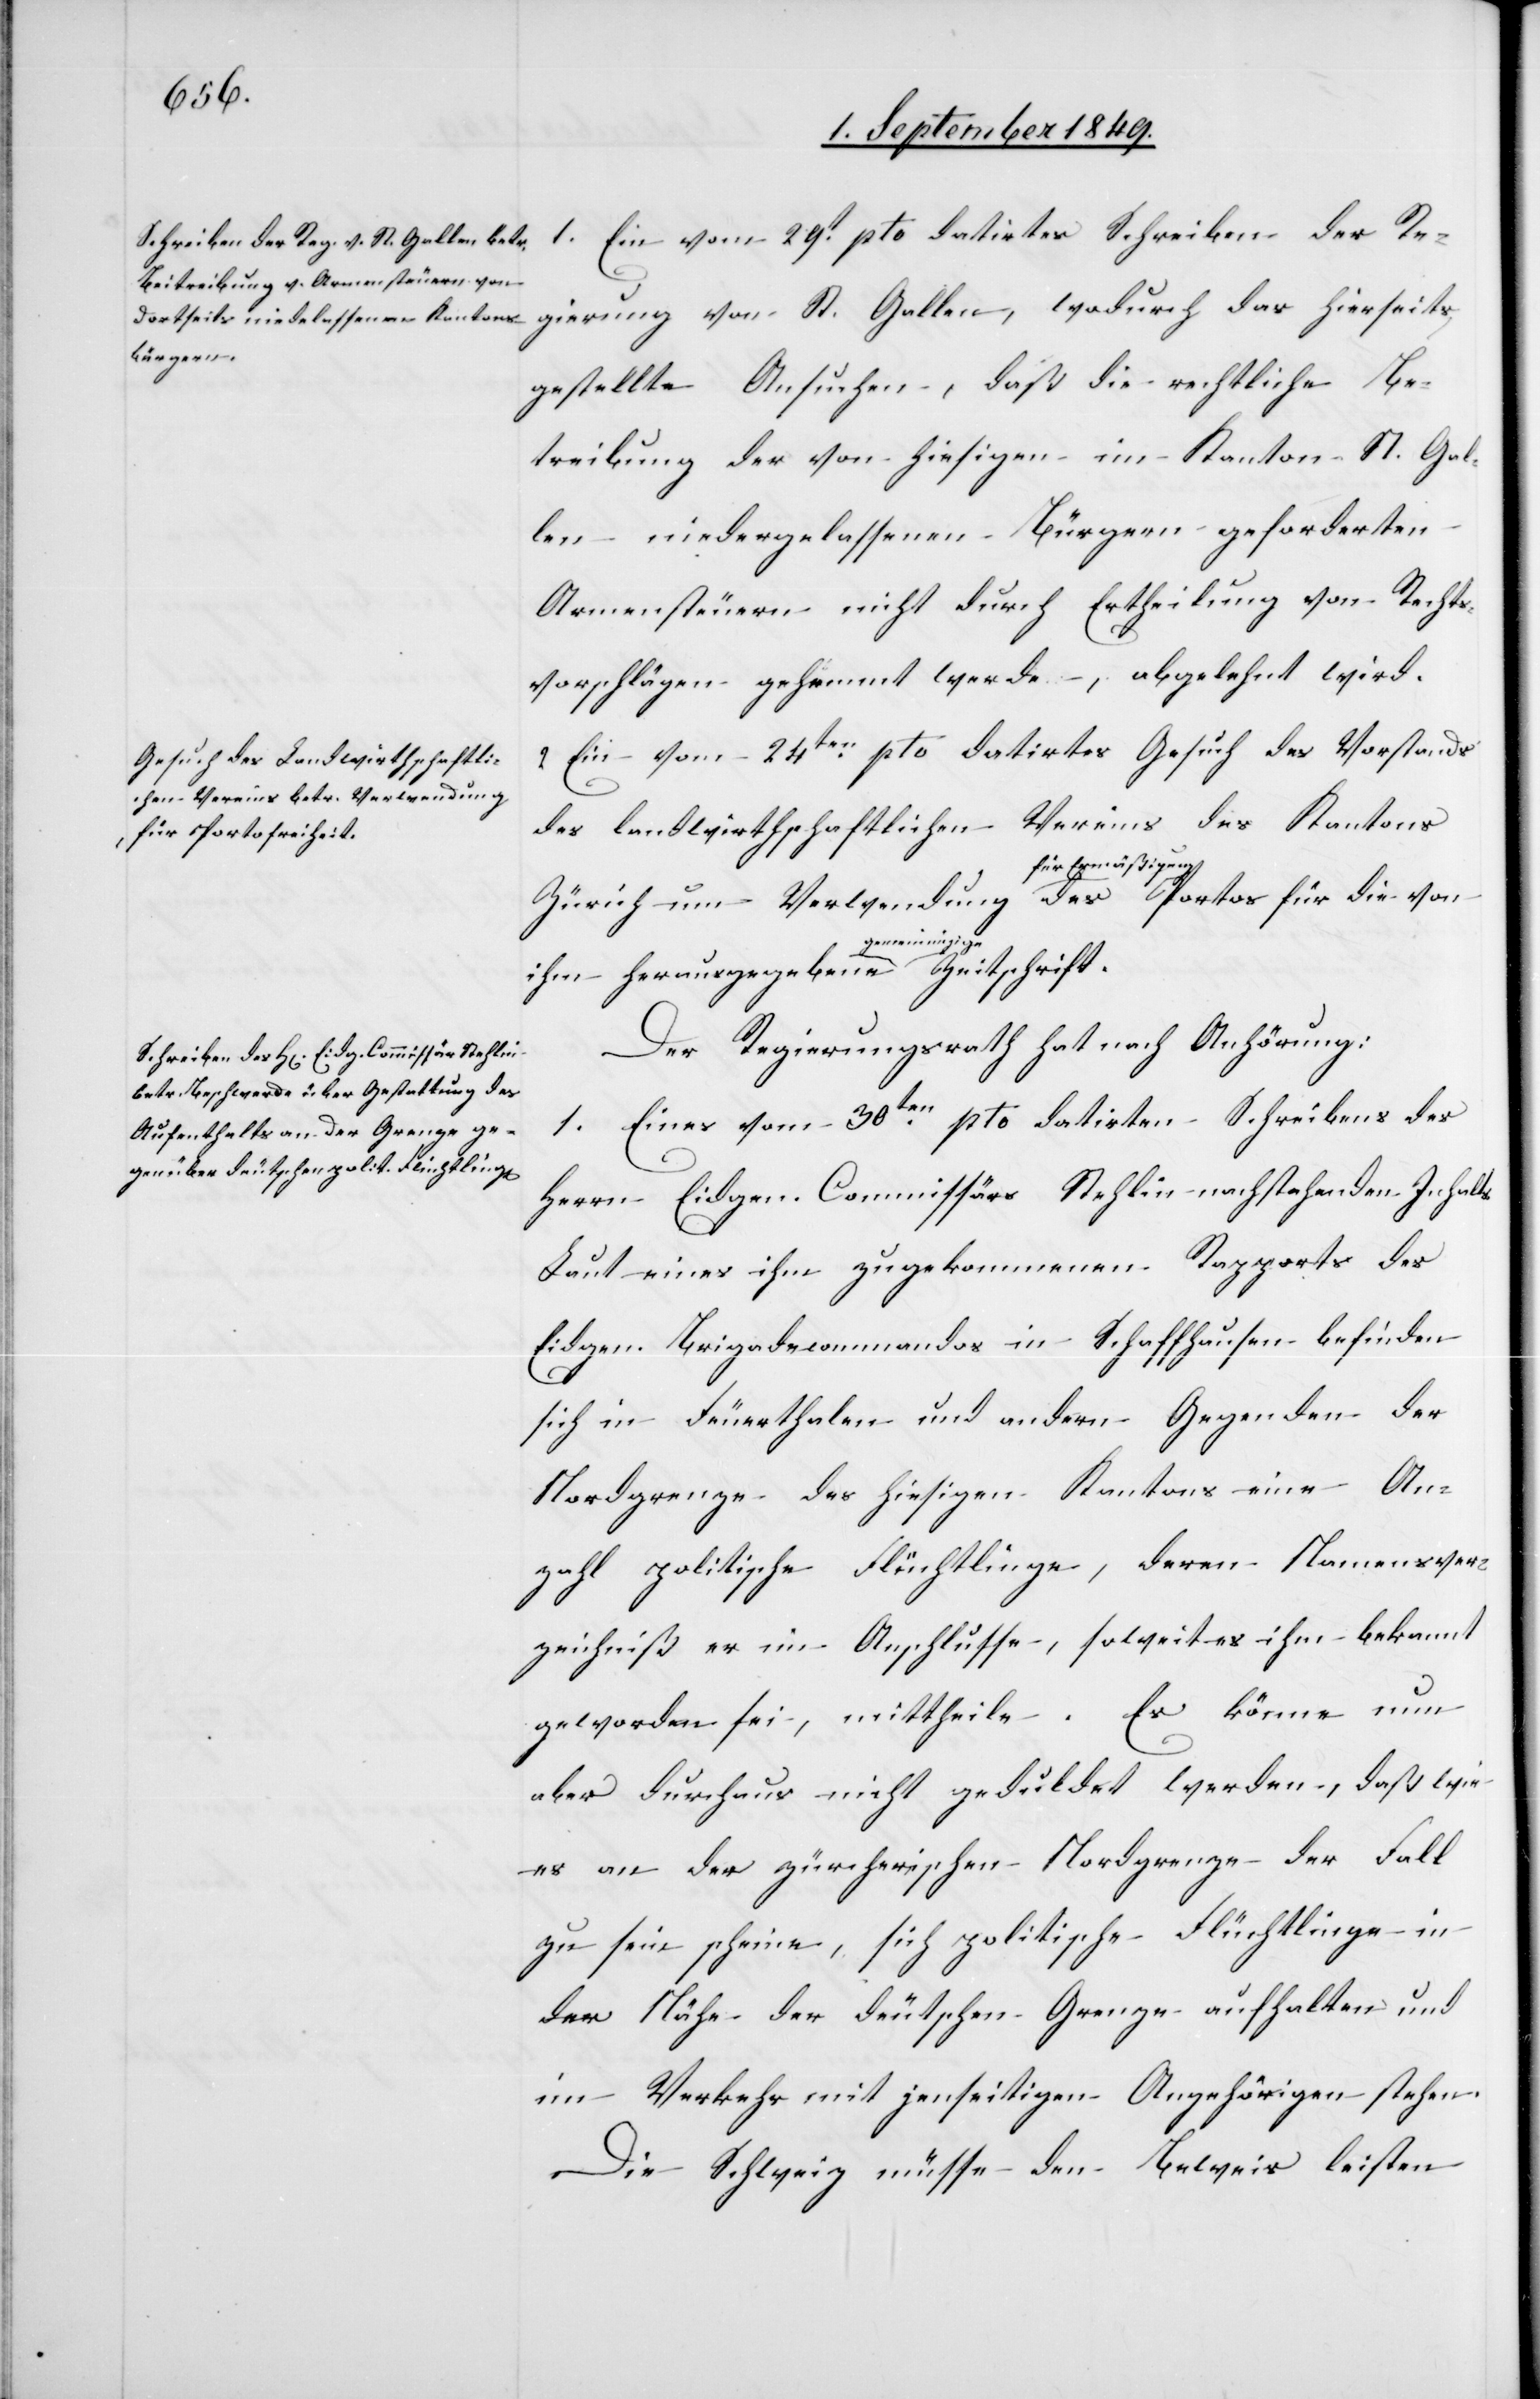
Ein vom 29t pto datirtes Schreiben der Re¬
2.
gierung von St. Gallen, wodurch das hierseits
gestellte Ansuchen, daß die rechtliche Be¬
treibung der von hiesigen im Kanton St. Gal¬
len niedergelassenen Bürgern geforderten
Armensteuern nicht durch Ertheilung von Rechts¬
vorschlägen gehemmt werde, abgelehnt wird.
Ein vom 24ten pto datirtes Gesuch des Vorstands
des landwirthschaftlichen Vereins des Kantons
Zürich um Verwendung a-für Ermäßigung-a des Portos für die von
Der Regierungsrath hat nach Anhörung:
1. Eines vom 30ten pto datirten Schreibens des
Herrn Eidgen. Commissärs Stehlin nachstehenden Inhalts
Laut eines ihm zugekommenen Rapports des
Eidgen. Brigadecommandos in Schaffhausen befinden
sich in Feuerthalen und an den Gegenden der
Nordgrenze des hiesigen Kantons eine An¬
zahl politische Flüchtlinge, deren Namensver¬
zeichniß er im Anschlusse, so weit es ihm bekannt
geworden sei, mittheile. Es könne nun
aber durchaus nicht geduldet werden, daß wie
es an der zürcherischen Nordgrenze der Fall
zu sein scheine, sich politische Flüchtlinge in
der Nähe der deutschen Grenze aufhalten und
im Verkehr mit jenseitigen Angehörigen stehen.
Die Schweiz müsse den Beweis leisten